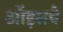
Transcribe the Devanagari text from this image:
ऑइलचे